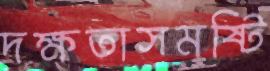
দক্ষতাসমষ্টি